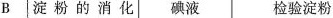
B 淀粉的消化 碘液 检验淀粉